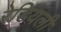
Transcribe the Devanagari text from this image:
रेडियली